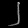
Digit: ၂